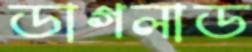
ডাগলাড